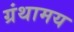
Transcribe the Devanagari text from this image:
ग्रंथामय